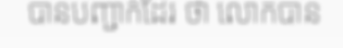
បានបញ្ជាក់ដែរ ថា លោកបាន